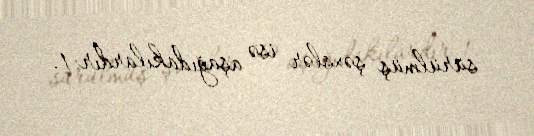
sürülmüş şəxslər isə aşağıdakılardır: 1.